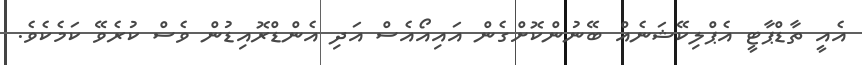
އެއީ ތާޑްޕާޓީ އެޕްލިކޭޝަނެއް ބޭނުންކޮށްގެން އައިއޯއެސް އަދި އެންޑްރޮއިޑުން ވެސް ކުރެވޭ ކަމެކެވެ.